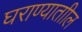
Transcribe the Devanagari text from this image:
घराण्याताील